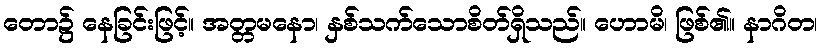
တော၌ နေခြင်းဖြင့်။ အတ္တမနော၊ နှစ်သက်သောစိတ်ရှိသည်။ ဟောမိ၊ ဖြစ်၏။ နာဂိတ၊